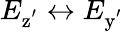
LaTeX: E_{\mathrm{z^{'}}}\leftrightarrow E_{\mathrm{y^{'}}}